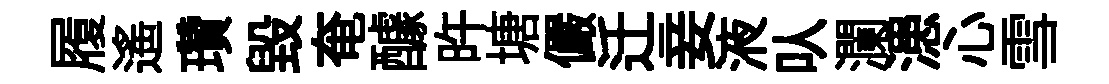
履遙瓚毀奄醵旿塘儼迁妾液㕥瀾漶心雪